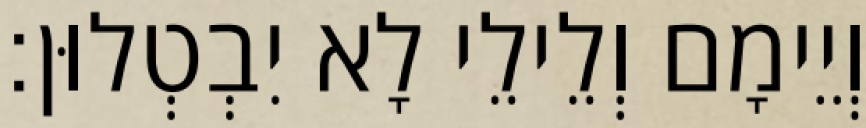
וְיֵימָם וְלֵילֵי לָא יִבְטְלוּן׃